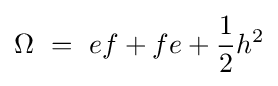
\Omega \ =\ ef+fe+{\frac {1}{2}}h^{2}